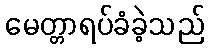
မေတ္တာရပ်ခံခဲ့သည်